Bréfritari: Friðgeir Olgeirsson
Viðtakandi: Einar Friðgeirsson
Dagsetning: A-1880-01-11
Skrifað á: Garði  S-Þing.
Faðir Einars

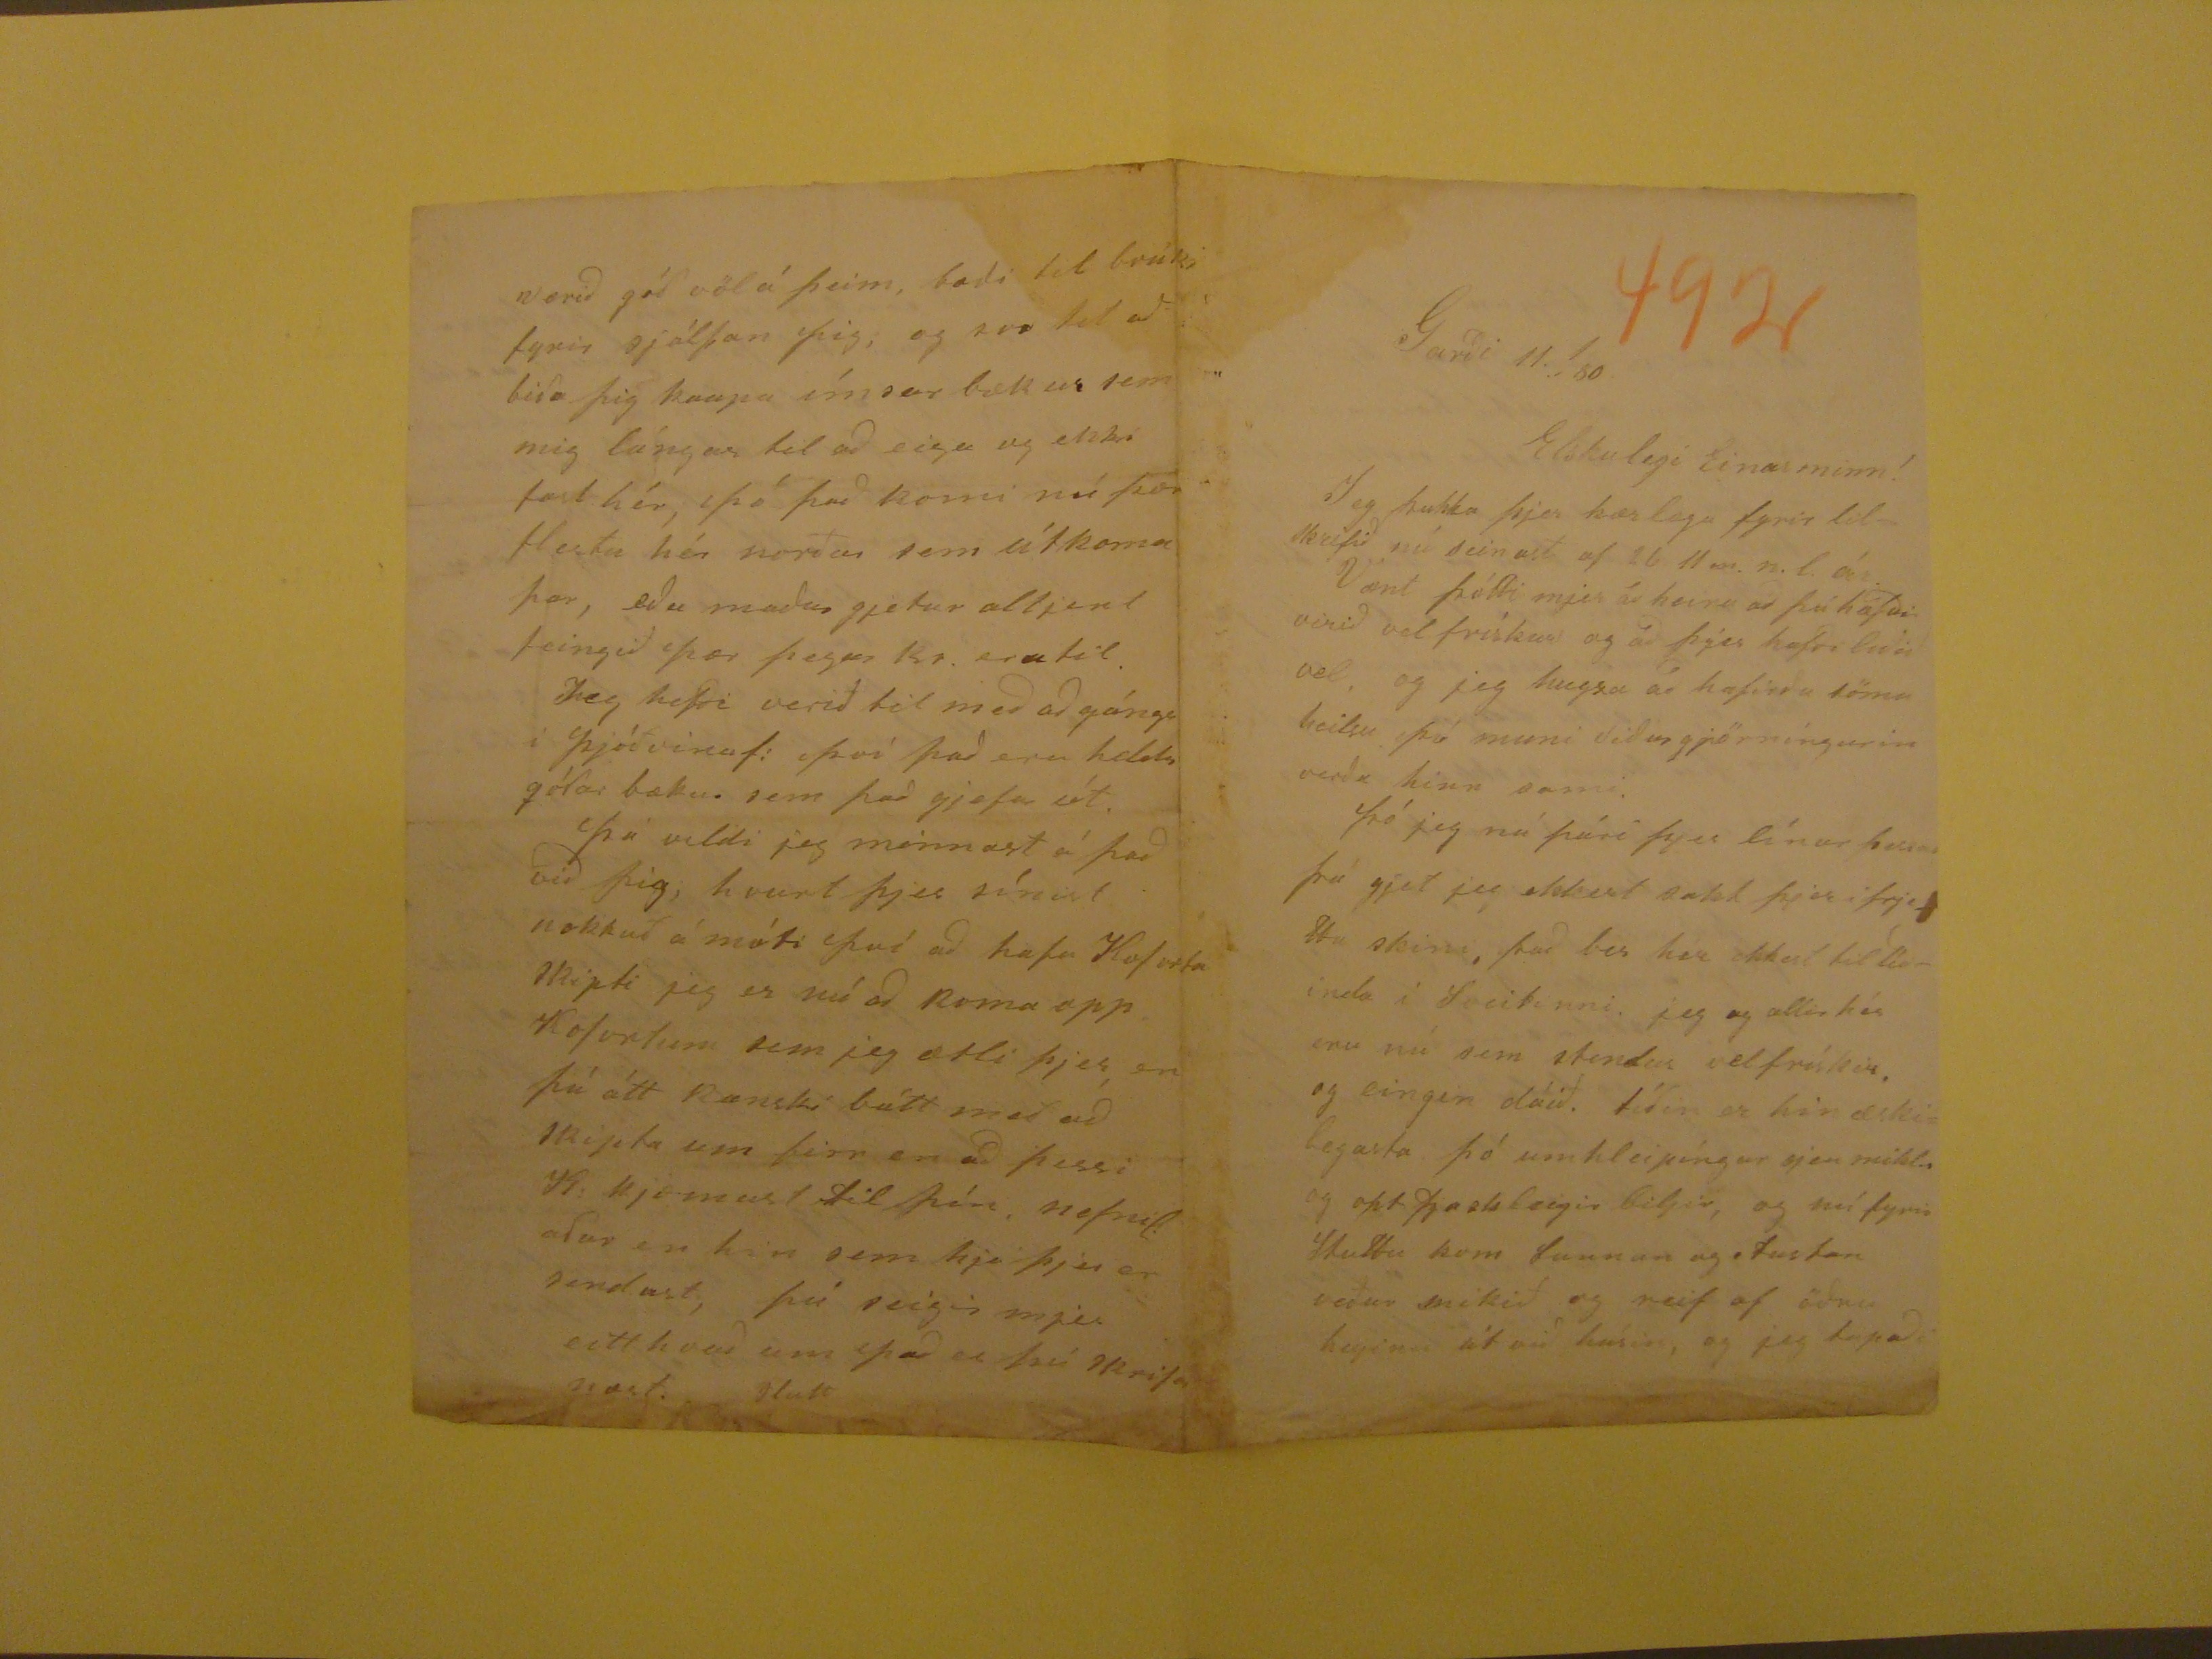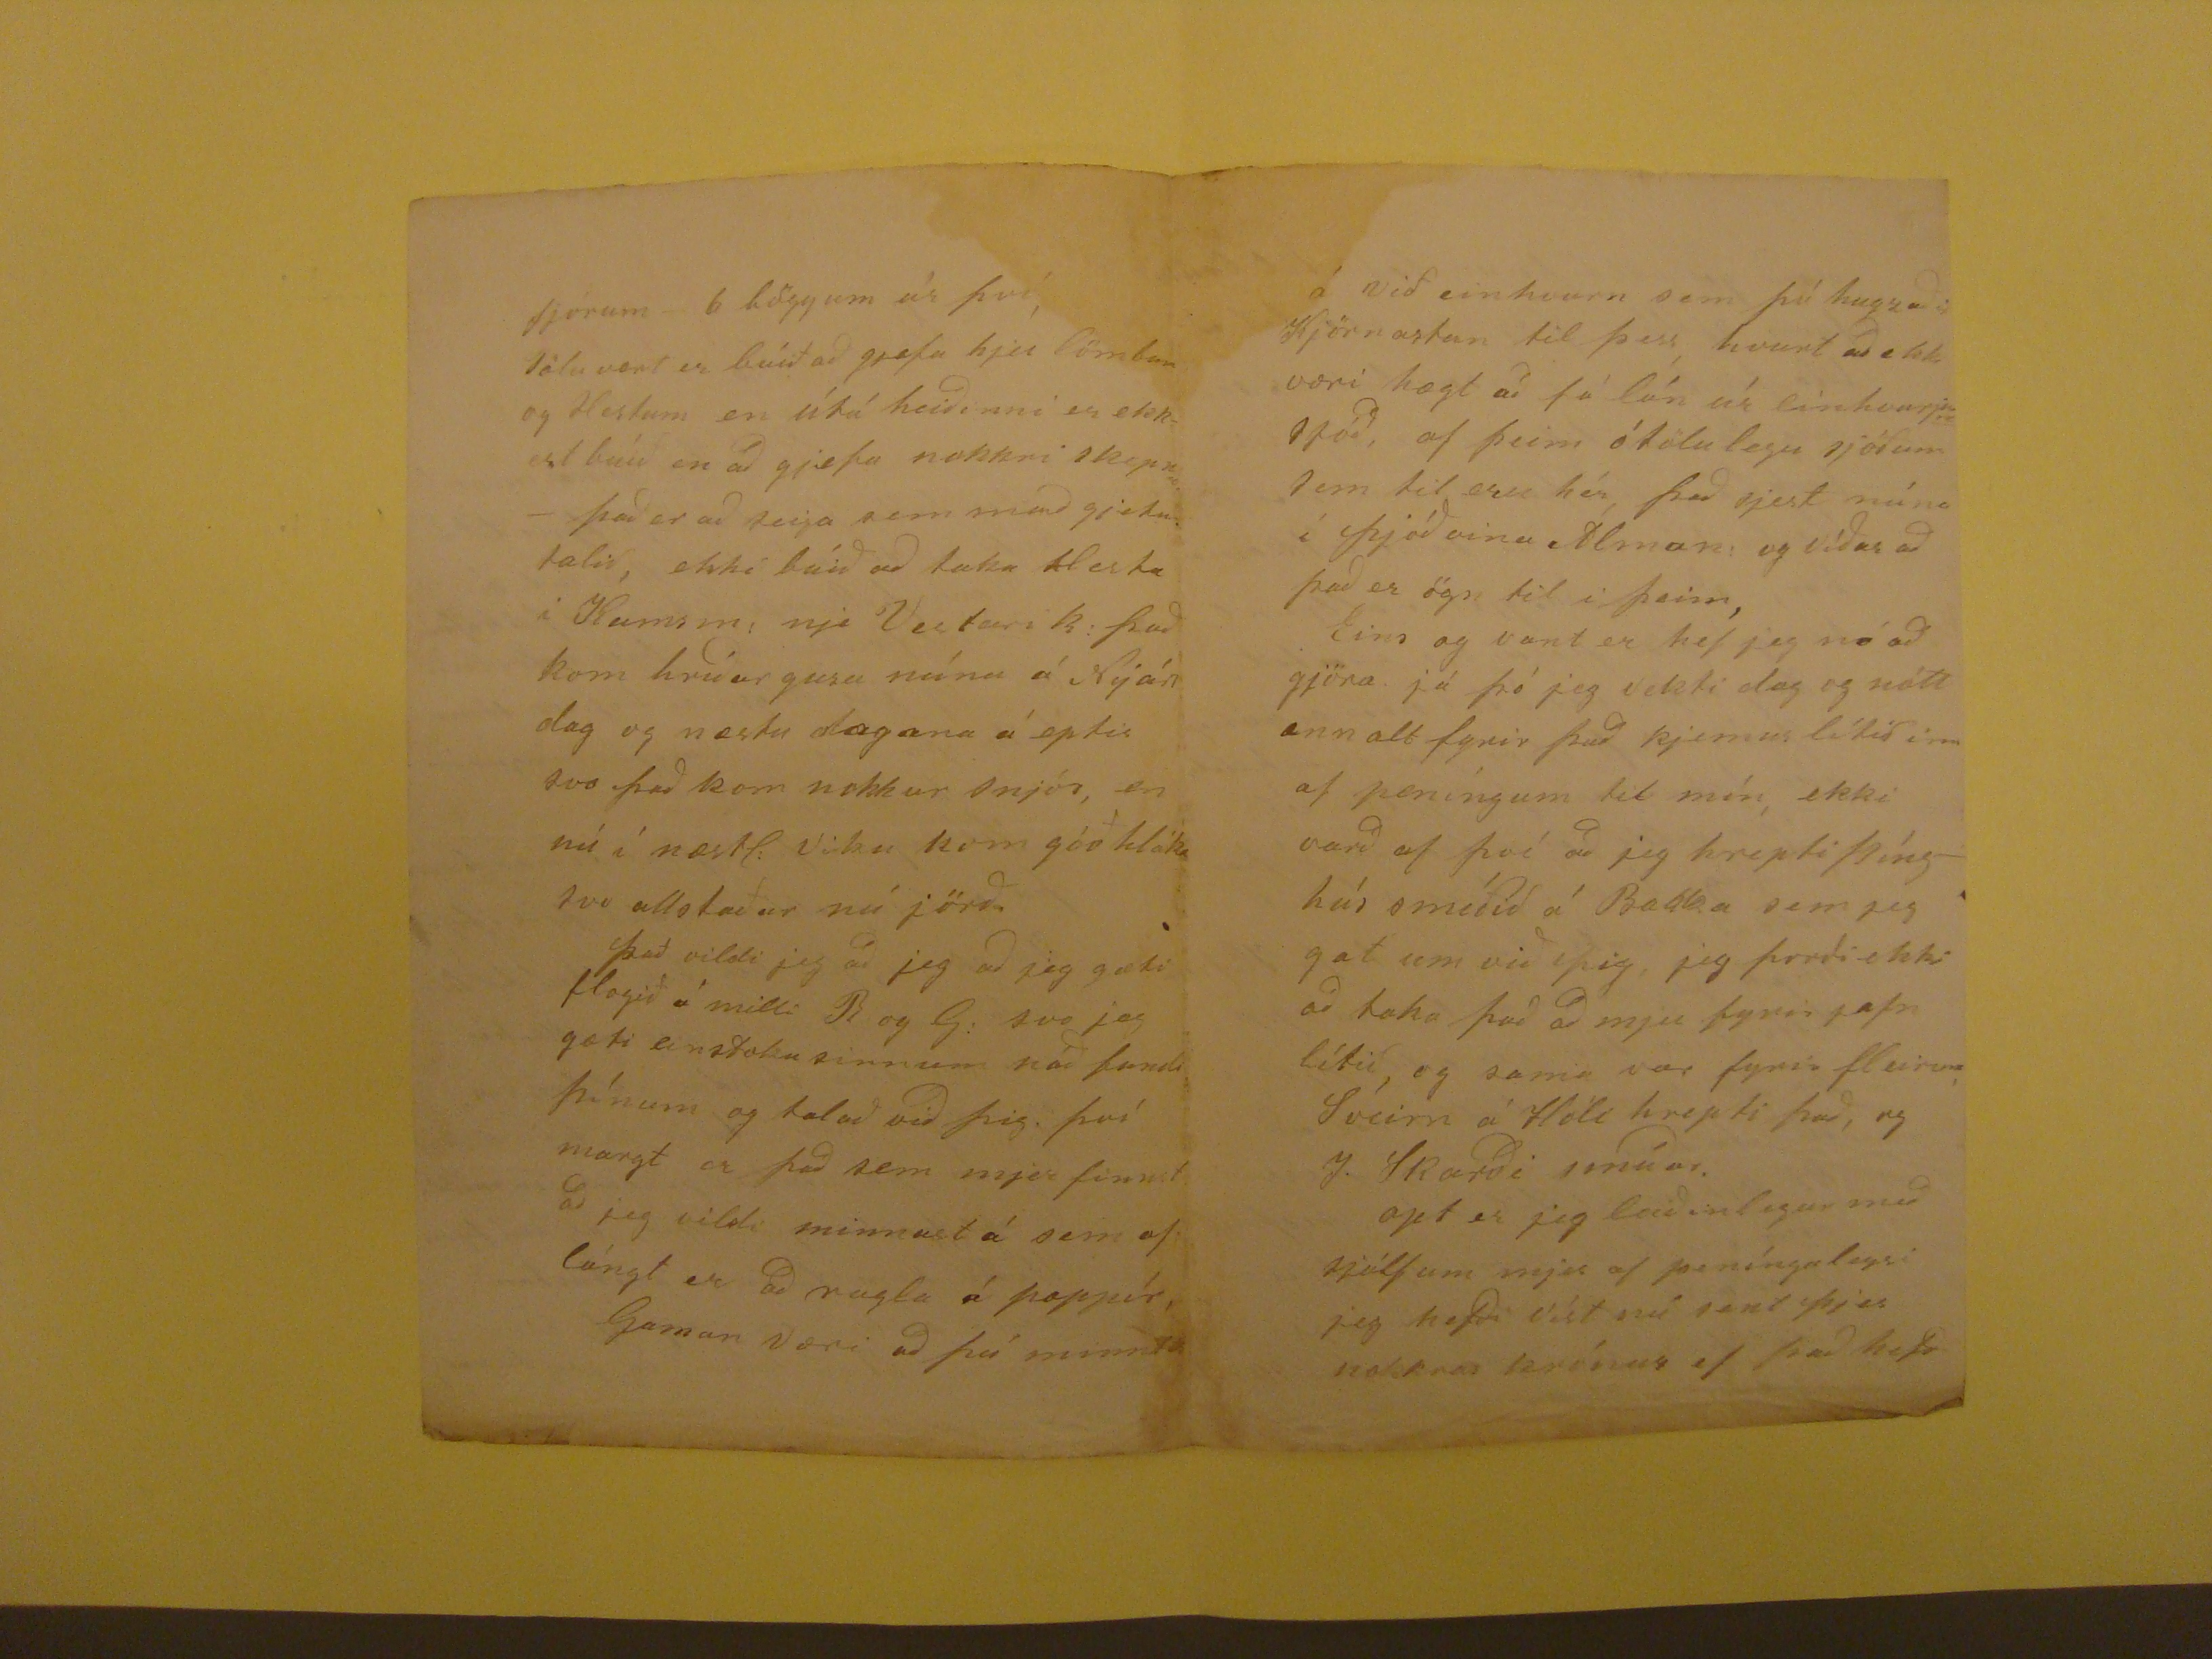

Garði 11. 1 80
Elskulegi Einar minn!
Jeg þakka þjer kærlega fyrir tilskrifið nú seinast af 26. 11
m
n.l. ár. Vænt þótti mjer að heira að þú hafðir virið vel frískur og að þjer hafði
leðið vel, og jeg hugsa að hafirðu sömu heislu þá muni viðin gjörningurin verða hinn sami. Þó jeg nú pári þjer línur þessar þá gjet jeg ekkert sakt þjer í frjettu skini, það
ber her ekkert til tíðinda í Sveitinni. jeg og allir hér eru nú sem stendur vel fríksir. og eingin dáið. tíðin er hin æskilegasta þó umtileipíngar sjeu miklar og opt
fjaskleigir biljir, og nú fyrir Stuttu kom Sunnan og Austan veður mikið og reif af öðru heyinu út við húsin, og jeg tapaði
fjórum - 6 böggum úr því, tölu vert er búið að gjefa hjer lömbum og Hestum en útá heiðinni er ekkert búið en að gjefa nokkri skepnu - það er að seiga sem
mað
gjetur talið, ekki búið að taka Hesta í
Kumsm
; nje Vestari k: það kom hríðar gusa núna á Nýársdag og næstu dagana
á eptir svo það kom nokkur snjór, en nú í næstl: viku kom góð hláka svo allstaðar nú jörð. Það vildi jeg að jeg að jeggæti flogið á milli B og G: svo jeg gæti
einstokusinnum náð fundi þínum og talað við þig. því margt er það sem mjer finnst að jeg vildi minnast á sem of lángt er að rugla á pappír, Gaman væri að þú minnt
á við einhvurn sem þú hgusaðir Kjörnastan til þess hvurt að ekki væri hægt að fá lán úr einhvurjum sjóð, af þeim ótölulegu sjóðum sem til eru hér, það sjest
núna í Þjóðvina Álman: og víðar að það er ögn til í þeim, Eins og vant er hef jeg nó að gjöra. já þó jeg vekti dag og nótt enn alt fyrir það kjemur lítið inn af peníngum
til mín, ekki varð af því að jeg hrepti þínghús smíðið á Bakka sem jeg gat um við þig, jeg þorði ekki að taka það að mjer fyrir jafn lítið, og sama var fyrir fleirum,
Sveirn á Hóli hrepti það, og I. Skarði smíðar. opt er jeg leiðinlegur með sjálfum mjer af peníngaleysi jeg hefði víst nú sent þjer nokkrar krónur ef það hefð
verið góð völ á þeim, bæði tl brúks fyrir sjálfan þig, og svo til að biða þig kaupa ímsar bækur sem mig lángar til að eiga og ekki fæst hér, þó það komi nú þær
flestu hér norður sem útkoma þar, eða maður gjetur altjent feingið þær þegar kr. eru til. Jeg hefði verið til með að gánga í Þjóðvinaf: því það eru heldur góðar bækur
sem það gjefur út. Þá vildi jeg minnast á það við þig; hvurt þjer sínist nokkuð á móti því að hafa Koforta skipti jeg er nú að koma upp Kofortum sem jeg ætli þjer, en
þú átt kanski bátt með að skipta um fyrr en að þessi K: kjemust til þín, nefnil: aður en hin sem hja þjer er sendust, þú seigir mjer eitthvað um það er þú skrifar næst.
Flutt